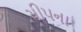
ચીપના